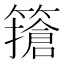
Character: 𥴻